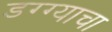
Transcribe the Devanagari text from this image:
डग्ग्याचा